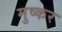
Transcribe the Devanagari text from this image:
मुष्कर